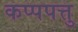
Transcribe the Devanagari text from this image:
कप्पपत्तु